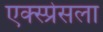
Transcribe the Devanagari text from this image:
एक्स्प्रेसला